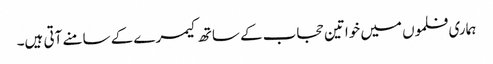
ہماری فلموں میں خواتین حجاب کے ساتھ کیمرے کے سامنے آتی ہیں۔